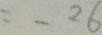
= - 2 6